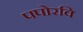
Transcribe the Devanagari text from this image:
पपोरवि